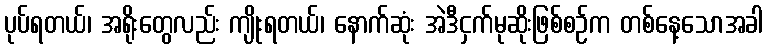
ပုပ်ရတယ်၊ အရိုးတွေလည်း ကျိုးရတယ်၊ နောက်ဆုံး အဲဒီငှက်မုဆိုးဖြစ်စဉ်က တစ်နေ့သောအခါ